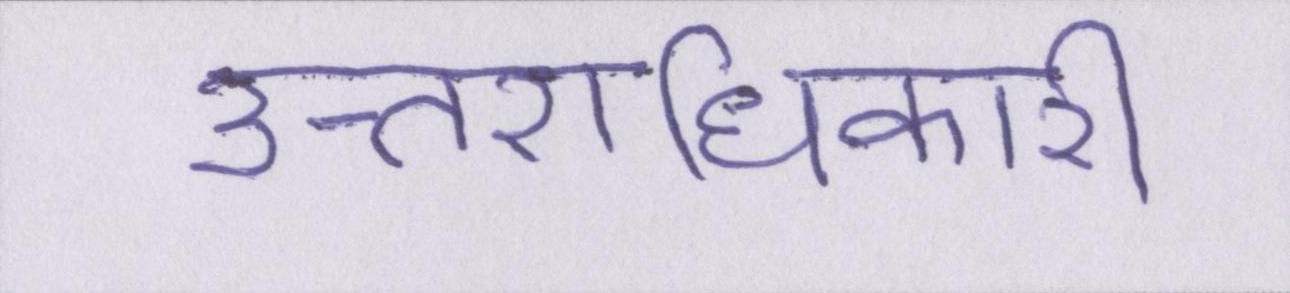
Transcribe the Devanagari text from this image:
उत्तराधिकारी